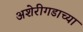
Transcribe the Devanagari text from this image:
अशेरीगडाच्या